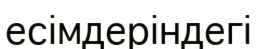
есімдеріндегі